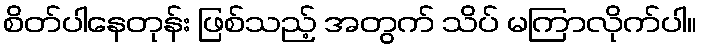
စိတ်ပါနေတုန်း ဖြစ်သည့် အတွက် သိပ် မကြာလိုက်ပါ။